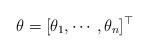
LaTeX: \begin{align*}\theta=[\theta_{1},\cdots,\theta_{n}]^{\top}\end{align*}